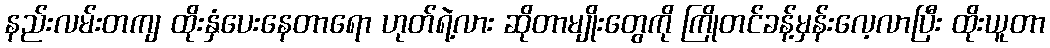
နည်းလမ်းတကျ ထိုးနှံပေးနေတာရော ဟုတ်ရဲ့လား ဆိုတာမျိုးတွေကို ကြိုတင်ခန့်မှန်းလေ့လာပြီး ထိုးယူတာ